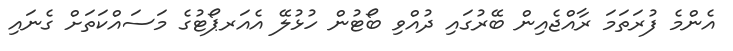
އެންމެ ފުރަތަމަ ރާއްޖެއިން ބޭރުގައި ދުއްވި ބޯޓުން ހުޅުލޭ އެއަރޕޯޓުގެ މަސައްކަތަށް ގެނައި